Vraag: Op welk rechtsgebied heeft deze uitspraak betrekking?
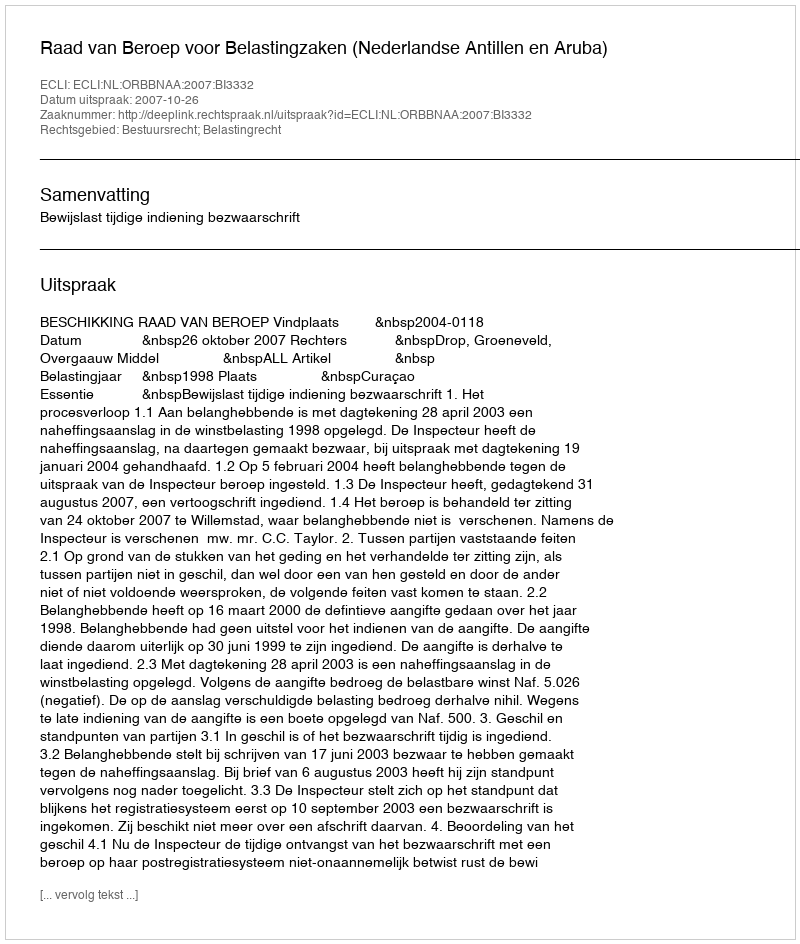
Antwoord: Bestuursrecht; Belastingrecht